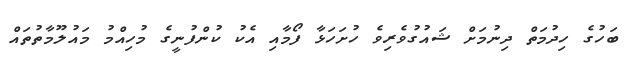
ބަހުގެ ހިދުމަތް ދިނުމަށް ޝައުގުވެރިވެ ހުށަހަޅާ ފޯމާއި އެކު ކުންފުނީގެ މުހިއްމު މައުލޫމާތުތައް